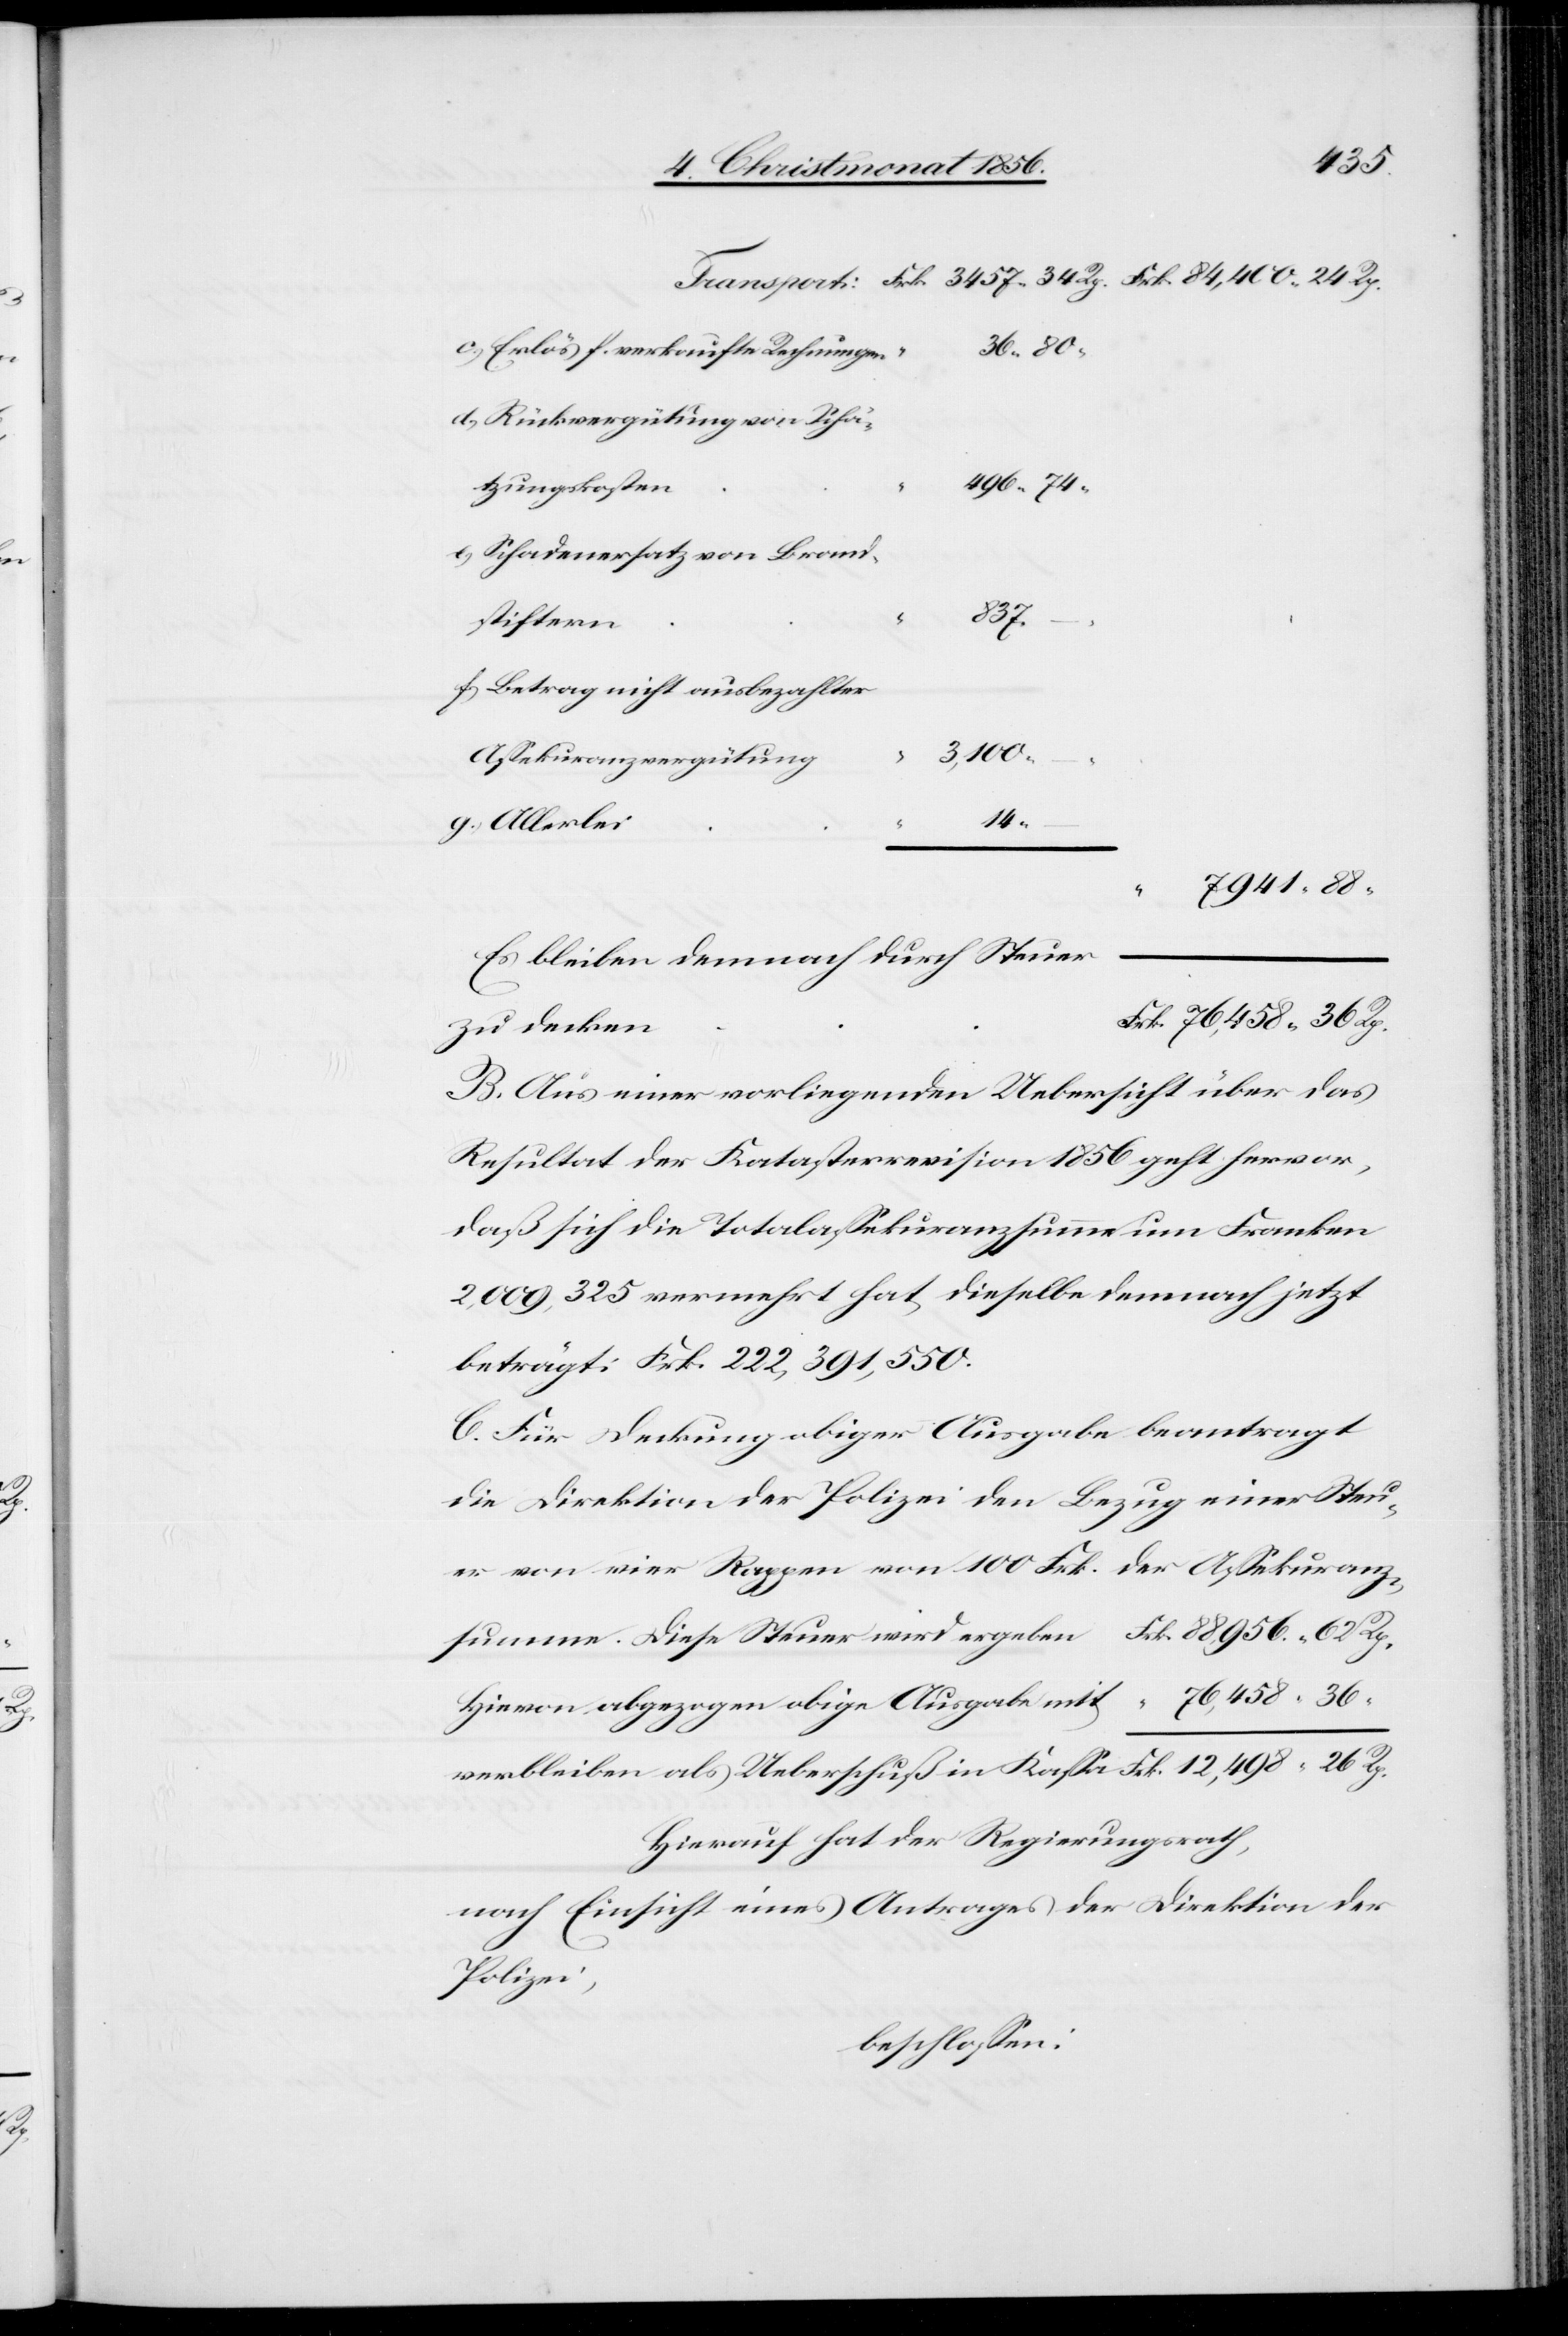
Erlös f. verkaufte Rechnungen
summe.
Rückvergütung von Schä¬
tzungskosten
Schadenersatz von Bran¬
Rp.
dstiftern
36
Betrag nicht ausbezahlter
3,100.
Assekuranzvergütung
14.
76,458.
Es bleiben demnach durch Steuer
zu decken
B. Aus einer vorliegenden Uebersicht über das
Resultat der Katasterrevision 1856 geht hervor,
daß sich die Totalassekuranzsumme um Franken
2,009,325 vermehrt hat, dieselbe demnach jetzt
beträgt: Frk. 222,391,550.
C. Für Deckung obiger Ausgabe beantragt
die Direktion der Polizei den Bezug einer Steu¬
er von vier Rappen von 100 Frk. der Assekuranz¬
Diese Steuer wird ergeben	Frk. 88,956. 62 Rp.
Hievon abgezogen obige Ausgabe mit	 “ 76,458. 36
“
verbleiben als Ueberschuß in Kassa 	Frk. 12,498. 26 Rp.
Hierauf hat der Regierungsrath,
nach Einsicht eines Antrages der Direktion der
Polizei,
beschlossen: